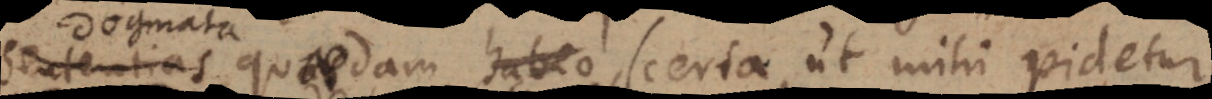
sententias quasdam habeo, certa, ut mihi videtur,